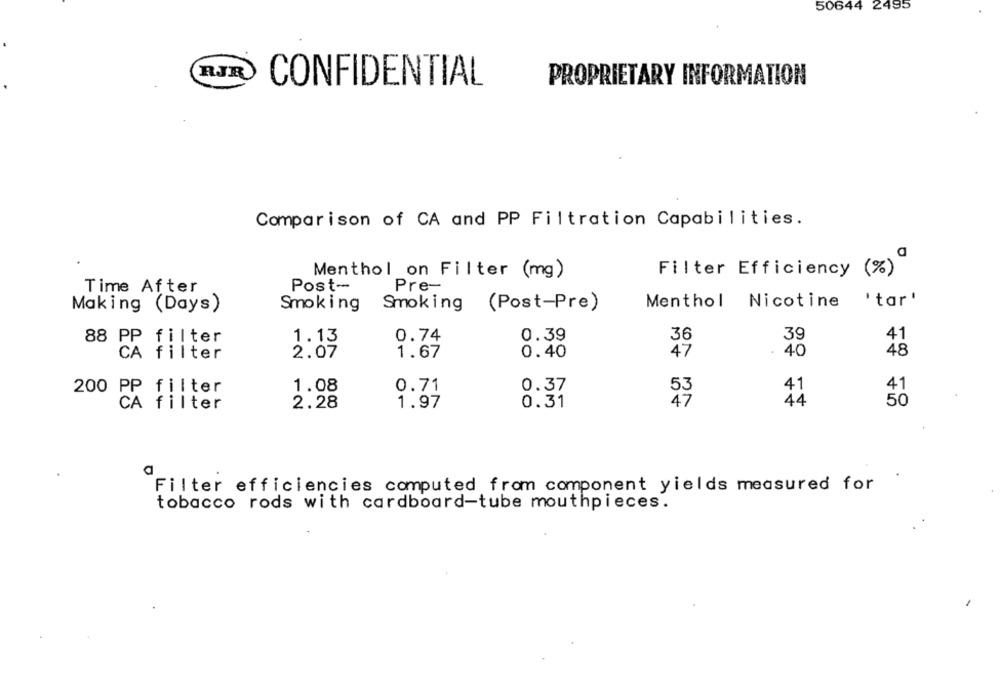
50644 2495
RJR
CONFIDENTIAL
PROPRIETARY INFORMATION
Comparison of CA and PP Filtration Capabilities.
Menthol on Filter (mg)
Filter Efficiency (%)
Time After
Post-
Pre-
Menthol Nicotine 'tar'
Making (Days)
Smoking
Smoking (Post-Pre)
1.13
0.74
0.39
36
39
41
88 PP filter
.
40
48
CA filter
2.07
1.67
0.40
47
1.08
0.71
41
200 PP filter
0.37
53
0.31
50
CA filter
2.28
1.97
47
44
a
Filter efficiencies computed from component yields measured for
tobacco rods with cardboard-tube mouthpieces.